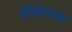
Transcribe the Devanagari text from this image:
दीर्घपरास